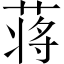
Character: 蒋